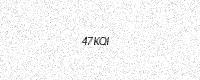
Text: 47KQI